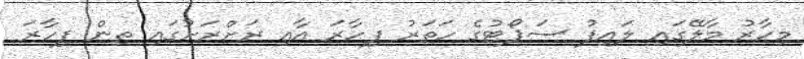
މިހާާރު މާލޭގައި ލައިފު ސަޕޯޓުގެ ހަތަރު ފިހާރަ އާއި ރަށްރަށުގައި ތިން ފިހާރަ